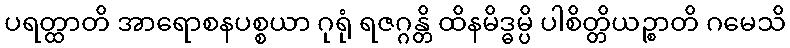
ပရတ္ထာတိ အာရောစနပစ္စယာ ဂုရုံ ရဇဂ္ဂန္တိ ထိနမိဒ္ဓမ္ပိ ပါစိတ္တိယဉ္စာတိ ဂမေသိ